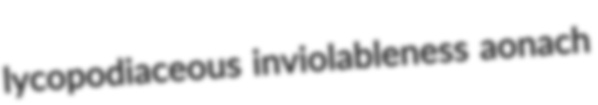
lycopodiaceous inviolableness aonach